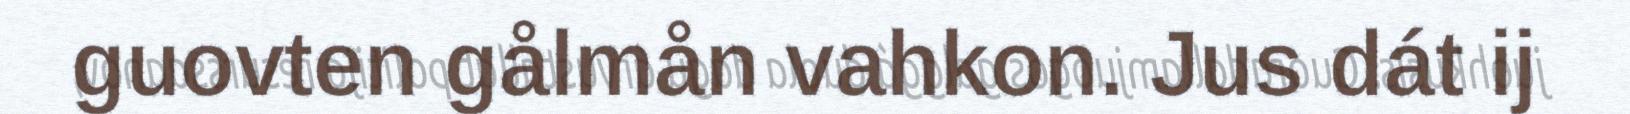
guovten gålmån vahkon. Jus dát ij